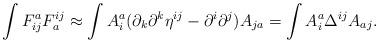
LaTeX: \begin{align*}\int F^{a}_{ij}F^{ij}_{a}\approx\int A_{i}^{a}(\partial_{k}\partial^{k}\eta^{ij}-\partial^{i}\partial^{j})A_{ja}=\int A_{i}^{a}\Delta^{ij}A_{aj}.\end{align*}